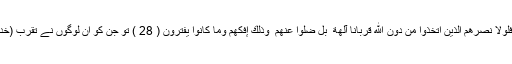
اور بار بار (اپنی) نشانیاں ظاہر کردیں تاکہ وہ رجوع کریںفَلَوْلَا نَصَرَهُمُ الَّذِينَ اتَّخَذُوا مِن دُونِ اللَّهِ قُرْبَانًا آلِهَةً ۖ بَلْ ضَلُّوا عَنْهُمْ ۚ وَذَٰلِكَ إِفْكُهُمْ وَمَا كَانُوا يَفْتَرُونَ ( 28 ) تو جن کو ان لوگوں نے تقرب (خدا) کے سوا معبود بنایا تھا انہوں نے ان کی کیوں مدد نہ کی۔